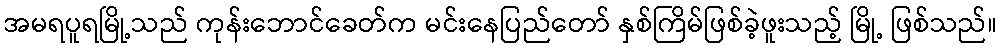
အမရပူရမြို့သည် ကုန်းဘောင်ခေတ်က မင်းနေပြည်တော် နှစ်ကြိမ်ဖြစ်ခဲ့ဖူးသည့် မြို့ ဖြစ်သည်။